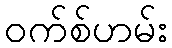
ဝက်စ်ဟမ်း